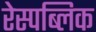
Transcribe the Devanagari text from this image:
रेस्पब्लिक